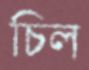
চিল